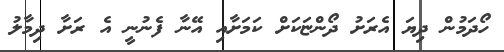
ހޯދަމުން ދިޔަ އެރަށު ދޯންޏަކަށް ކަމަށާއި އޭނާ ފެނުނީ އެ ރަށާ ދިމާލު